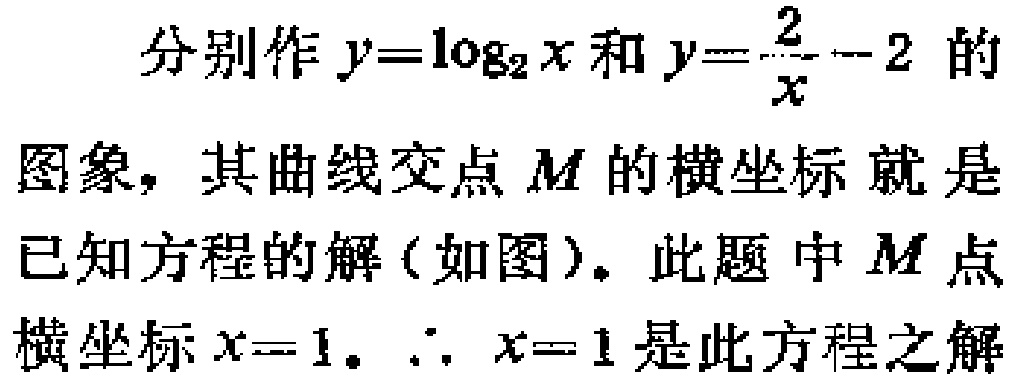
分别作\(y = \log_{2}x\)和\(y = \frac{2}{x} - 2\)的图象，其曲线交点\(M\)的横坐标就是已知方程的解（如图）。此题中\(M\)点横坐标\(x = 1\)。\(\therefore x = 1\)是此方程之解